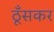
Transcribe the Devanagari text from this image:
ठूँसकर